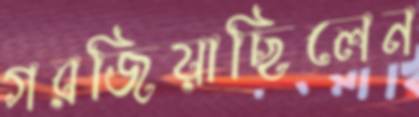
গরজিয়াছিলেন